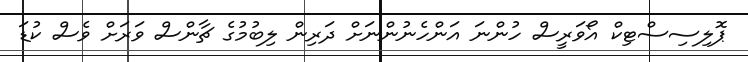
ޕޮލިސިސްޓިކް އޯވަރީސް ހުންނަ އަންހެނުންނަށް ދަރިން ލިބުމުގެ ޗާންސް ވަރަށް ވެސް ކުޑަ